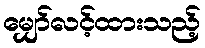
မျှော်လင့်ထားသည့်